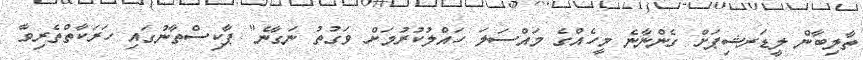
ތާލިބާން ލީޑަރޝިޕަށް ގެންނާނެ މީހެއްގެ މައްސަލަ ހައްލުކުރުމަށް ވަގުތު ނަގާނެ" ޕާކިސްތާނުގައި ހަރަކާތްތެރިވާ